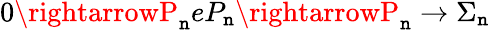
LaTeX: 0\rightarrowP_{\mathtt{n}}eP_{\mathtt{n}}\rightarrowP_{\mathtt{n}}\rightarrow\Sigma_{\mathtt{n}}